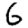
Digit: 6